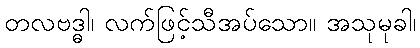
တလဗဒ္ဓါ၊ လက်ဖြင့်သီအပ်သော။ အသုမုခါ၊